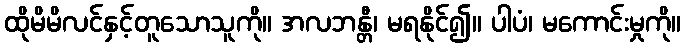
ထိုမိမိလင်နှင့်တူသောသူကို။ အလဘန္တီ၊ မရနိုင်၍။ ပါပံ၊ မကောင်းမှုကို။